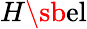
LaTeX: H\sb{\textnormal{el}}